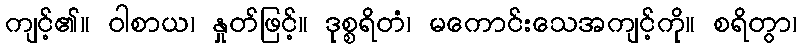
ကျင့်၏။ ဝါစာယ၊ နှုတ်ဖြင့်။ ဒုစ္စရိတံ၊ မကောင်းသေအကျင့်ကို။ စရိတွာ၊